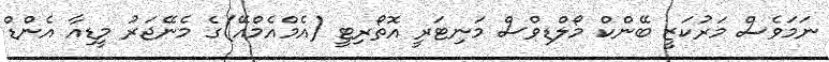
ނަމަވެސް މަރުކަޒީ ބޭންކް މޯލްޑިވްސް މަނިޓަރީ އޮތޯރިޓީ (އެމްއެމްއޭ)ގެ މެނޭޖަރު މީޑިއާ އެންޑް